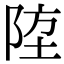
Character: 𨹛